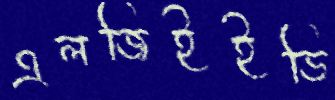
এলজিইইডি